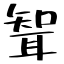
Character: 聟